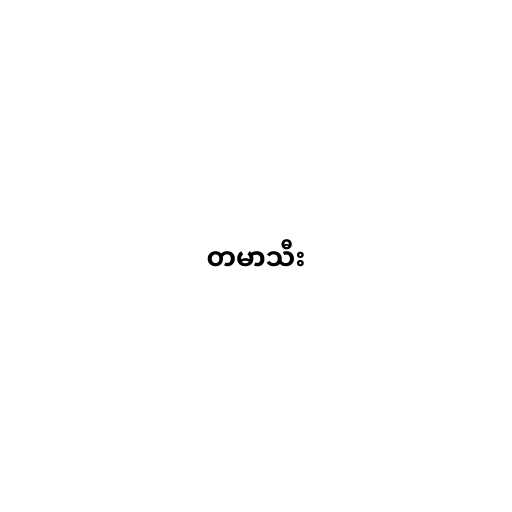
တမာသီး